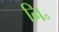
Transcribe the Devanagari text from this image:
नि॰